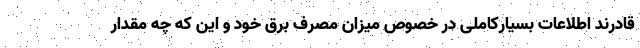
قادرند اطلاعات بسیارکاملی در خصوص میزان مصرف برق خود و این که چه مقدار